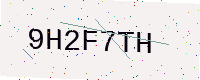
Text: 9H2F7TH